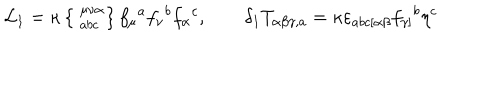
{ \cal L } _ { 1 } = \kappa \left\{ \phantom { | } _ { a b c } ^ { \mu \nu \alpha } \right\} f _ { \mu } { } ^ { a } f _ { \nu } { } ^ { b } f _ { \alpha } { } ^ { c } , \qquad \delta _ { 1 } T _ { \alpha \beta \gamma , a } = \kappa \varepsilon _ { a b c [ \alpha \beta } f _ { \gamma ] } { } ^ { b } \eta ^ { c }